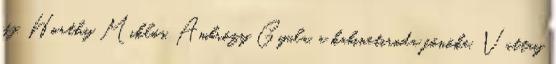
ifj. Horthy Miklós, Ambrózy Gyula, a kabinetiroda fõnöke, Vattay